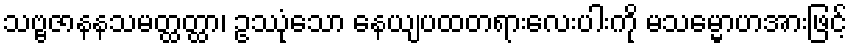
သဗ္ဗဇာနနသမတ္ထတ္ထာ၊ ဥဿုံသော နေယျပထတရားလေးပါးကို မသမ္မောဟအားဖြင့်